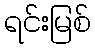
ရင်းမြစ်